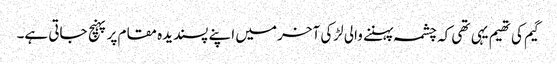
گیم کی تھیم یہی تھی کہ چشمہ پہننے والی لڑکی آخر میں اپنے پسندیدہ مقام پر پہنچ جاتی ہے۔